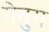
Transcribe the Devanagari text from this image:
गेनुग